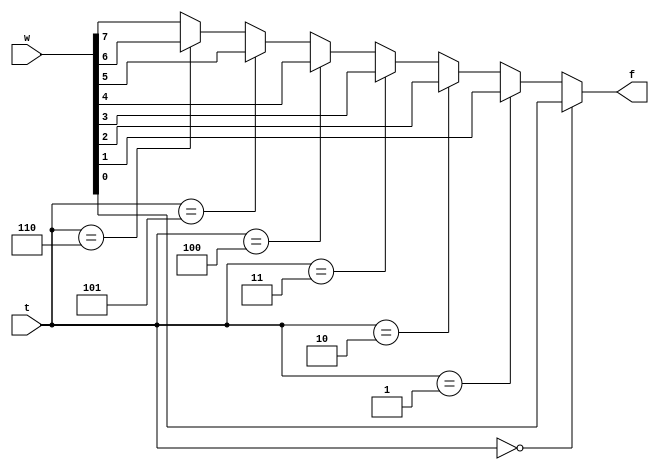
module prog5(w, t, f);
input [7:0] w;
input [2:0] t;
output f;
reg f;
always @(w or t)
	if(t == 0)
		f = w[0];
	else if (t == 1)
		f = w[1];
	else if (t == 2)
		f = w[2];
	else if (t == 3)
		f = w[3];
	else if (t == 4)
		f = w[4];
	else if (t == 5)
		f = w[5];
	else if (t == 6)
		f = w[6];
	else
		f = w[7];
endmodule